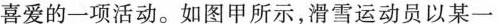
喜爱的一项活动。如图甲所示，滑雪运动员以某一